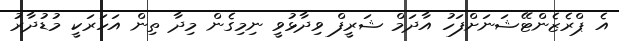
އެ ޕްރެޒެންޓޭޝަނަށްފަހު އާދަމް ޝަރީފް ވިދާޅުވީ ނިމިގެން މިދާ ތިން އަހަރަކީ މުޑުދާރު